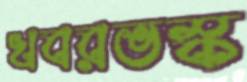
খবরভস্ক